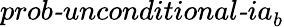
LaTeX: \textit{prob-unconditional-ia}_{b}